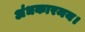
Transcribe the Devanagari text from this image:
अंधकारमय।